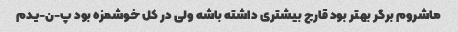
ماشروم برگر بهتر بود قارچ بیشتری داشته باشه ولی در کل خوشمزه بود پ-ن-یدم